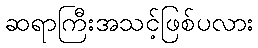
ဆရာကြီးအသင့်ဖြစ်ပလား